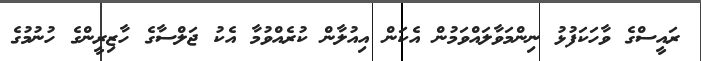
ރައީސްގެ ވާހަކަފުޅު ނިންްމަވާލައްވަމުން އެކަން އިއުލާން ކުރެއްވުމާ އެކު ޖަލްސާގެ ހާޒިރީންގެ ހުނުމުގެ